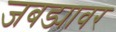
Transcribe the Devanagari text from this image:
जबड्यावर